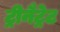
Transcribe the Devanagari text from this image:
ट्रीनैट्रेट